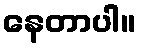
နေတာပါ။